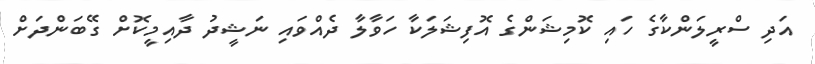
އަދި ސްރީލަންކާގެ ހައި ކޮމިޝަންގެ އޮފިޝަލަކާ ހަވާލާ ދެއްވައި ނަޝީދު ދާއިމީކޮށް ގޭބަންދަށް